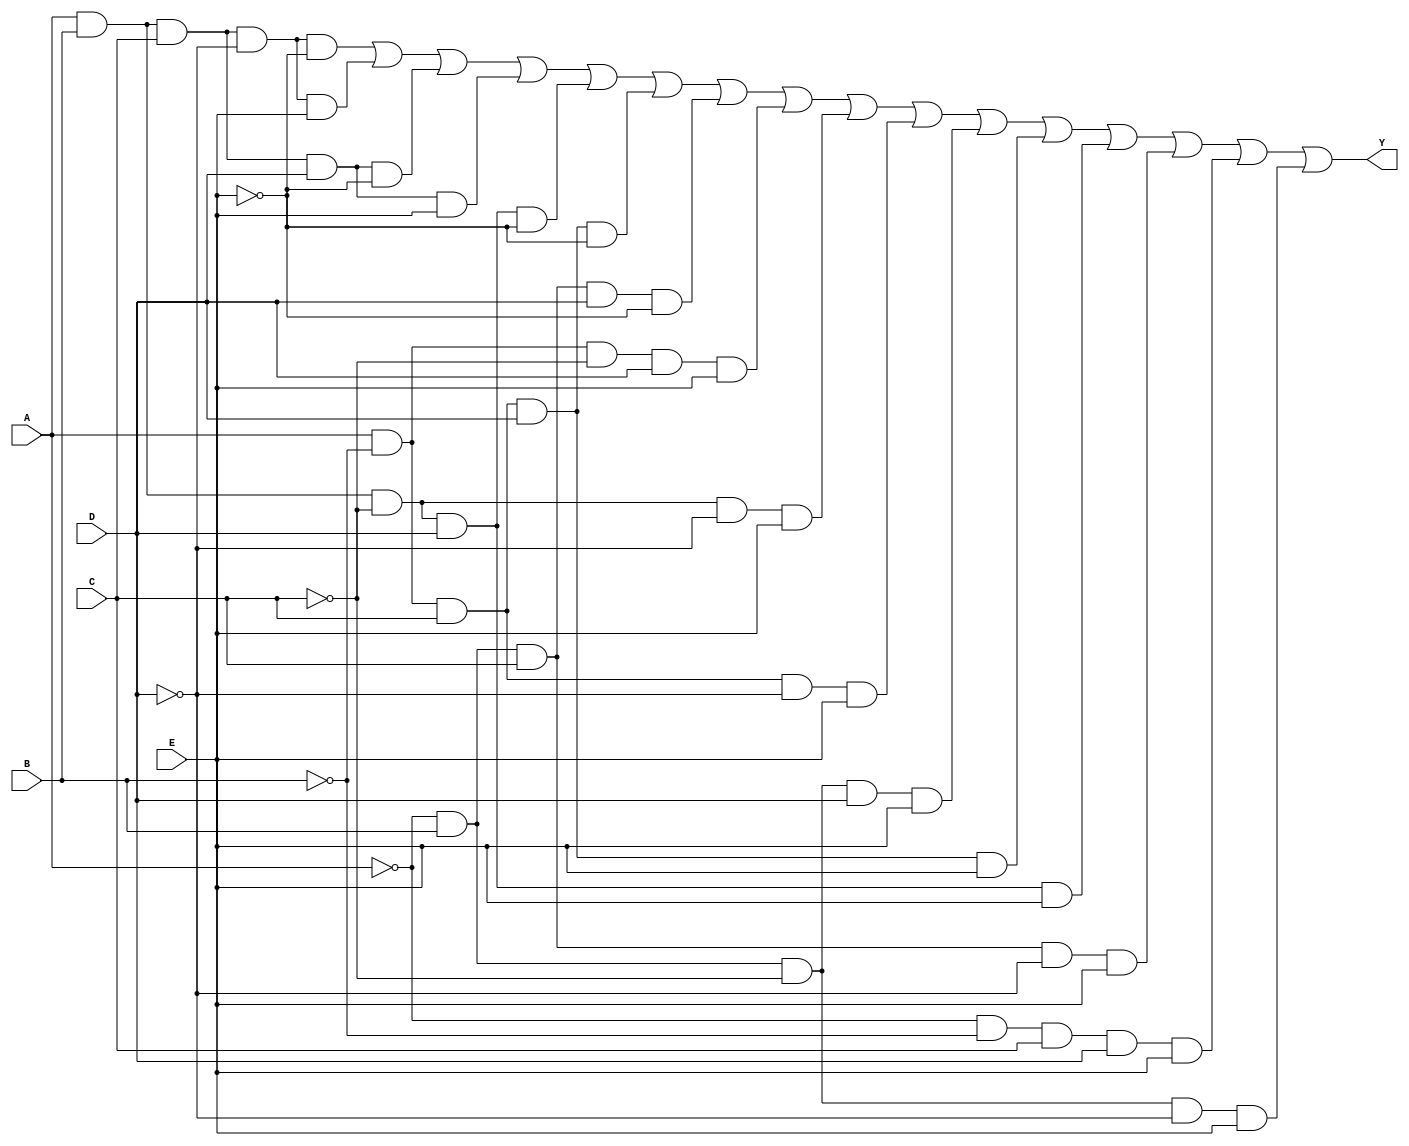
module five_variable_kmap (
    input wire A, // Input variable A
    input wire B, // Input variable B
    input wire C, // Input variable C
    input wire D, // Input variable D
    input wire E, // Input variable E
    output wire Y // Output variable Y
);

// The output Y is derived from the K-map simplification.
// This example assumes a specific function; you need to replace the logic
// with the correct expression based on your K-map grouping.

assign Y = (A & B & C & ~D & ~E) | // Minterm 0
           (A & B & C & ~D & E)  | // Minterm 1
           (A & B & C & D & ~E)  | // Minterm 2
           (A & B & C & D & E)   | // Minterm 3
           (A & B & ~C & D & ~E) | // Minterm 4
           (A & ~B & C & D & ~E) | // Minterm 5
           (~A & B & C & D & ~E) | // Minterm 6
           (A & ~B & ~C & D & E) | // Minterm 7
           (A & B & ~C & ~D & E) | // Minterm 8
           (A & ~B & C & ~D & E) | // Minterm 9
           (~A & B & ~C & D & E) | // Minterm 10
           (A & ~B & C & D & E)  | // Minterm 11
           (A & B & ~C & D & E)  | // Minterm 12
           (~A & B & C & ~D & E) | // Minterm 13
           (~A & ~B & C & D & E) | // Minterm 14
           (~A & B & ~C & ~D & E); // Minterm 15

endmodule